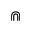
\Cap